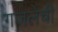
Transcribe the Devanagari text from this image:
गजलेची